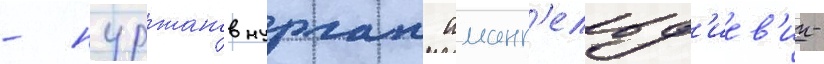
- нуржанов нурлан аманг'ельд'иев'ич-